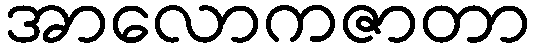
အာလောကဇာတာ